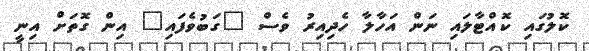
ކޮލުގައި ކޮއްޓާލައި ނަން އަހާލާ ހެދިއިރު ވެސް "ގަބުވެފައި" އިން ގޮތަށް އިނީ